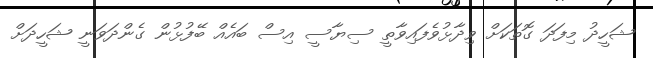
ޝަހީދު މިފަދަ ގޮތަކަށް ވިދާޅުވެފައިވާތީ ސިޔާސީ އިސް ބައެއް ބޭފުޅުން ގެންދަވަނީ ޝަހީދަށް